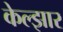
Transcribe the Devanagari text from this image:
केल्झार